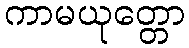
ကာမယုတ္တော